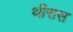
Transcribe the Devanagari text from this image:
थीसस